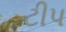
ટીપ